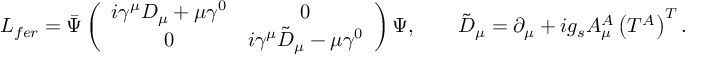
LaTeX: { \cal L } _ { f e r } = \bar { \Psi } \left( \begin{array} { c c } { { i \gamma ^ { \mu } D _ { \mu } + \mu \gamma ^ { 0 } } } & { { 0 } } \\ { { 0 } } & { { i \gamma ^ { \mu } \tilde { D } _ { \mu } - \mu \gamma ^ { 0 } } } \end{array} \right) \Psi , \qquad \tilde { D } _ { \mu } = \partial _ { \mu } + i g _ { s } A _ { \mu } ^ { A } \left( T ^ { A } \right) ^ { T } .